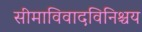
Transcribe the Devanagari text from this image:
सीमाविवादविनिश्चय